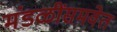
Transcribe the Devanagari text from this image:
मंडळींसमवेत